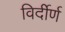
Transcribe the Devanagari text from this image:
विर्दीर्ण